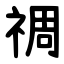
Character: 禂